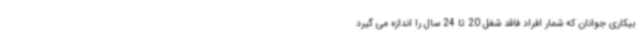
بیکاری جوانان که شمار افراد فاقد شغل 20 تا 24 سال را اندازه می گیرد